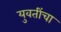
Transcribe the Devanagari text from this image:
युवतींचा